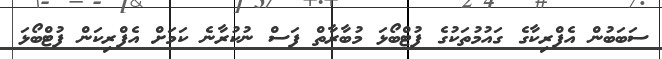
ސަބަބުން އެފްރިކާގެ ގައުމުތަކުގެ ފުޓްބޯޅަ މުބާރާތް ފަސް ނުކުރާނެ ކަމަށް އެފްރިކަން ފުޓްބޯޅަ